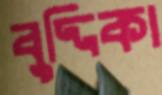
বুদ্দিকা